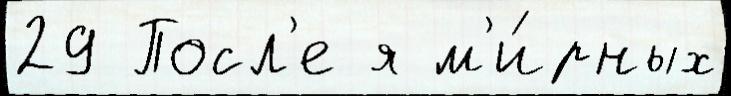
29 Посл'е я м'и́рных